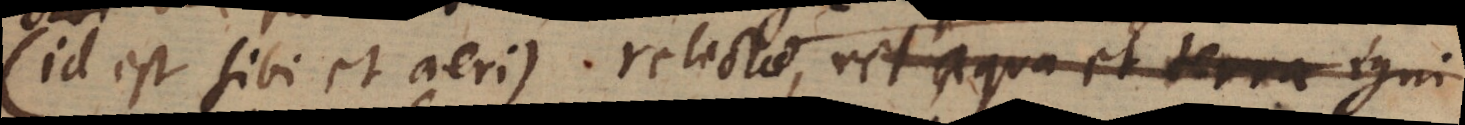
(id est sibi et aeri) relictae vel aqua et terra igni